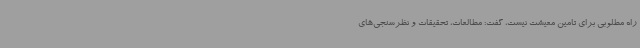
راه مطلوبی برای تامین معیشت نیست، گفت: مطالعات، تحقیقات و نظرسنجی‌های